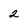
Character: 2